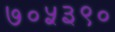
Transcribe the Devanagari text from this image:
७०५३९०